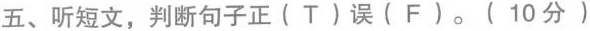
五、听短文,判断句子正( T)误( F ).( 10 分 )